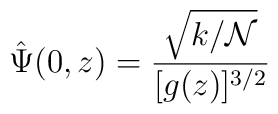
\hat{\Psi}(0,z)=\frac{\sqrt{k/{\mathcal {N}}}}{[g(z)]^{3/2}}